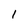
Character: 1